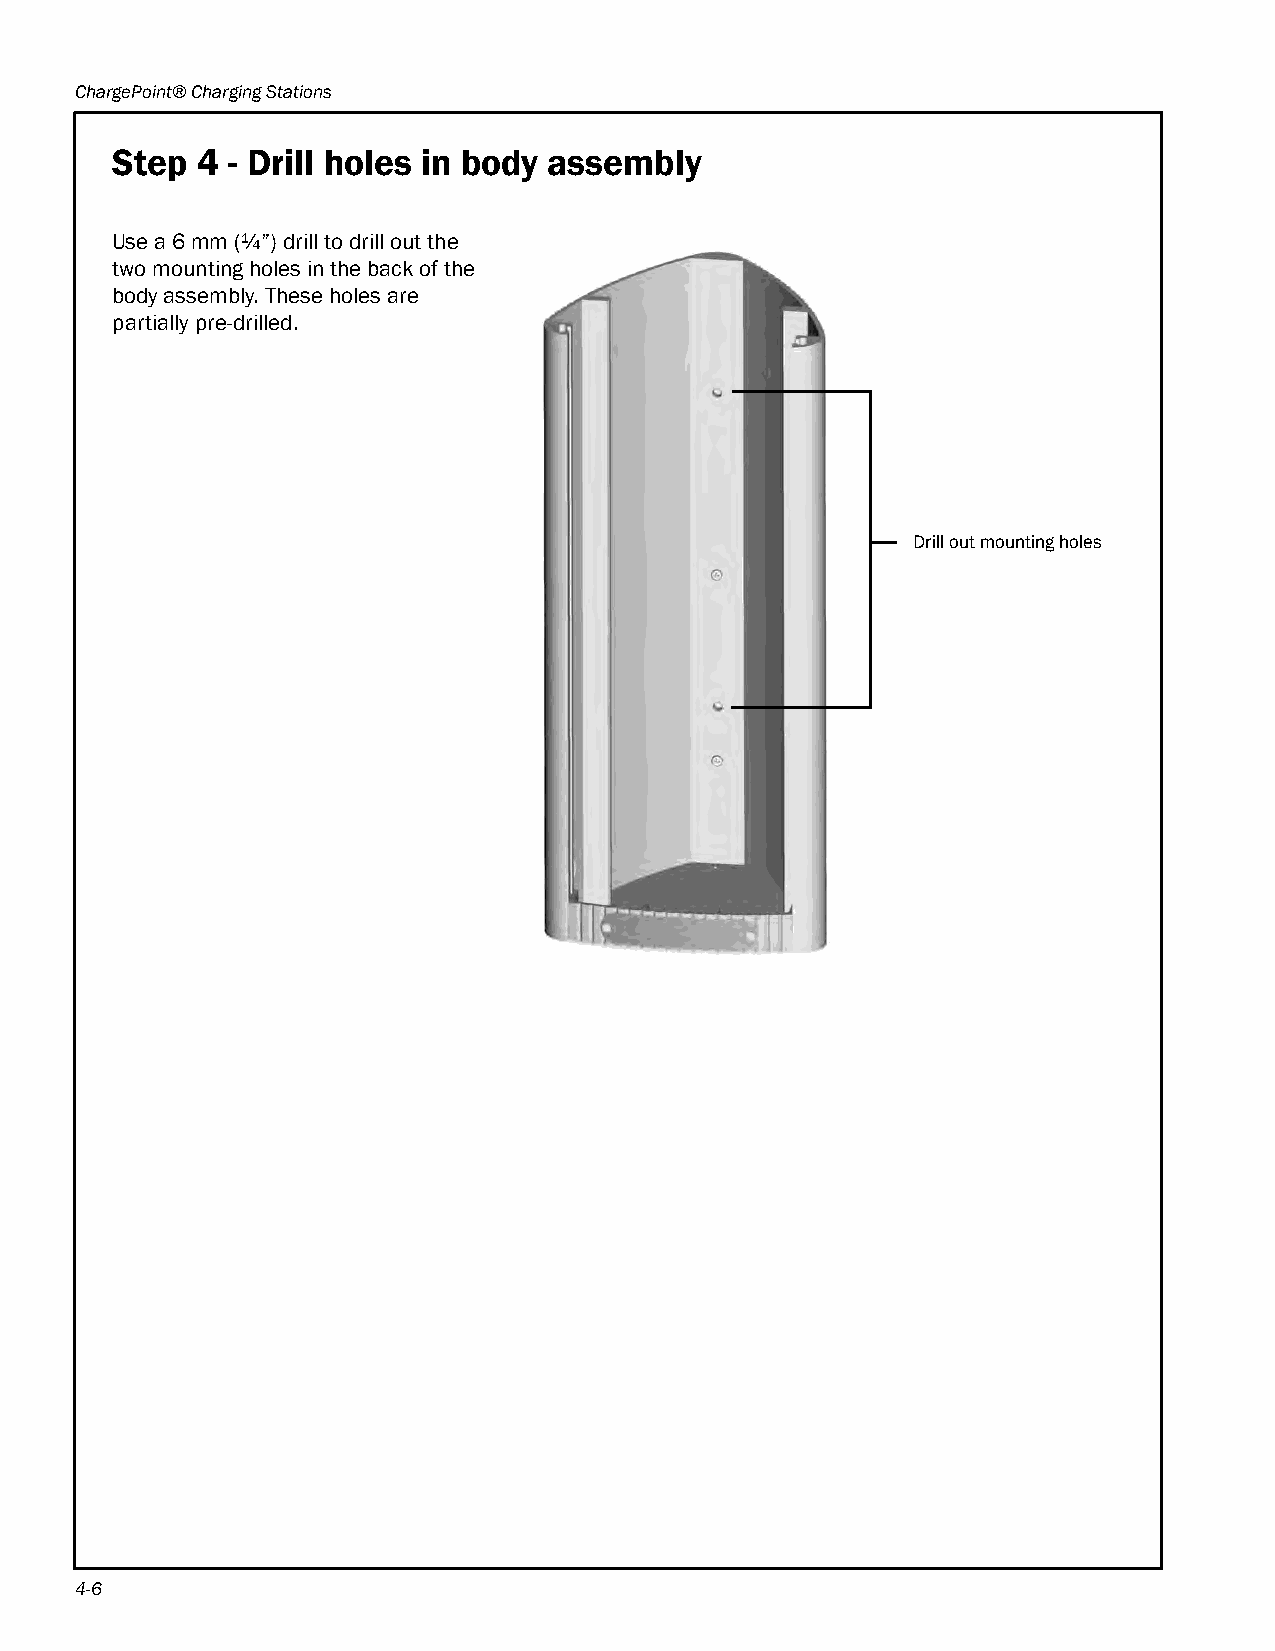
ChargePoint® Charging Stations
 Step  4 - Drill holes in body assembly
 Use a 6 mm (¼”) drill to drill out the
 two mounting holes in the back of the
 body assembly. These holes are
 partially pre-drilled.
 Drill out mounting holes
 4-6